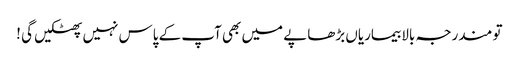
تو مندرجہ بالا بیماریاں بڑھاپے میں بھی آپ کے پاس نہیں پھٹکیں گی !